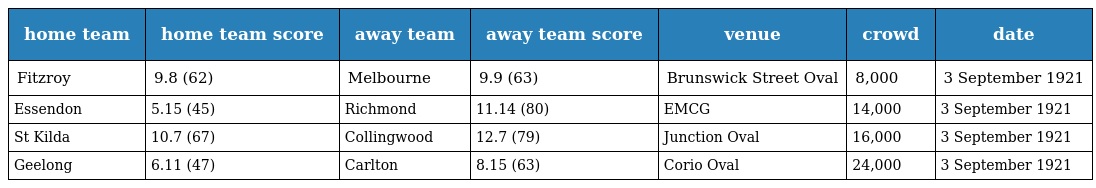
| home team | home team score | away team | away team score | venue | crowd | date |
 | --- | --- | --- | --- | --- | --- | --- |
 | Fitzroy | 9.8 (62) | Melbourne | 9.9 (63) | Brunswick Street Oval | 8,000 | 3 September 1921 |
 | Essendon | 5.15 (45) | Richmond | 11.14 (80) | EMCG | 14,000 | 3 September 1921 |
 | St Kilda | 10.7 (67) | Collingwood | 12.7 (79) | Junction Oval | 16,000 | 3 September 1921 |
 | Geelong | 6.11 (47) | Carlton | 8.15 (63) | Corio Oval | 24,000 | 3 September 1921 |